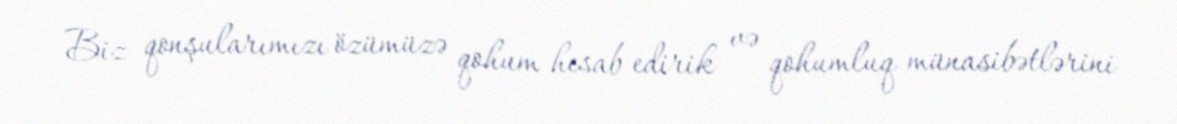
Biz qonşularımızı özümüzə qohum hesab edirik və qohumluq münasibətlərini